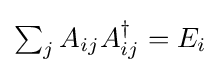
\textstyle \sum _{j}A_{ij}A_{ij}^{\dagger }=E_{i}